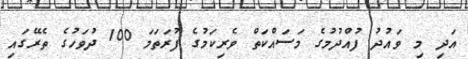
އަދި މި ވައުދު ފުއްދުމުގެ މަސައްކަތް ވެރިކަމުގެ ފުރަތަމަ 100 ދުވަހުގެ ތެރޭގައި